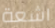
اشعة